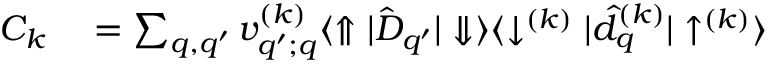
\begin{array} { r l } { C _ { k } } & { { } = \sum _ { q , q ^ { \prime } } v _ { q ^ { \prime } ; q } ^ { ( k ) } \langle \Uparrow | \hat { D } _ { q ^ { \prime } } | \Downarrow \rangle \langle \downarrow ^ { ( k ) } | \hat { d } _ { q } ^ { ( k ) } | \uparrow ^ { ( k ) } \rangle } \end{array}